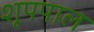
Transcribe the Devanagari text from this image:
शूपपाल